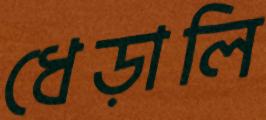
ধেড়ালি